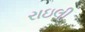
રાઇલી